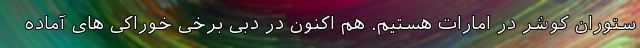
ستوران کوشر در امارات هستیم. هم اکنون در دبی برخی خوراکی های آماده